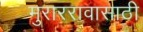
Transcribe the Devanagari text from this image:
मुराररावासाठी